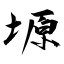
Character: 塬